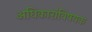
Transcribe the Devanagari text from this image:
अधिकारांविषयक